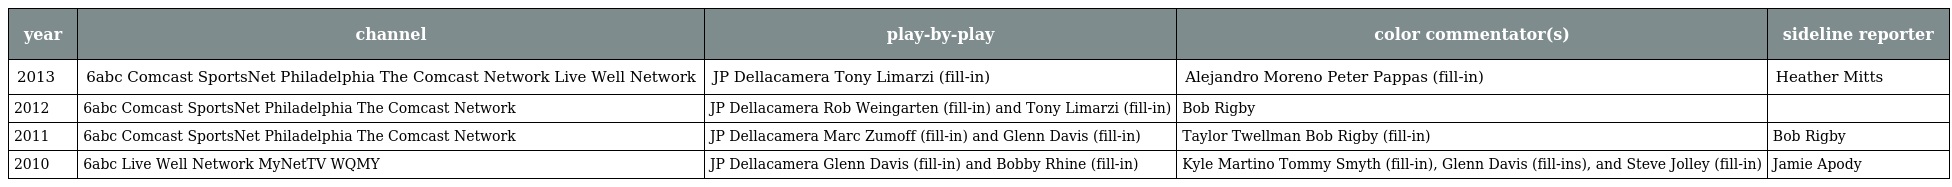
| year | channel | play-by-play | color commentator(s) | sideline reporter |
 | --- | --- | --- | --- | --- |
 | 2013 | 6abc Comcast SportsNet Philadelphia The Comcast Network Live Well Network | JP Dellacamera Tony Limarzi (fill-in) | Alejandro Moreno Peter Pappas (fill-in) | Heather Mitts |
 | 2012 | 6abc Comcast SportsNet Philadelphia The Comcast Network | JP Dellacamera Rob Weingarten (fill-in) and Tony Limarzi (fill-in) | Bob Rigby |  |
 | 2011 | 6abc Comcast SportsNet Philadelphia The Comcast Network | JP Dellacamera Marc Zumoff (fill-in) and Glenn Davis (fill-in) | Taylor Twellman Bob Rigby (fill-in) | Bob Rigby |
 | 2010 | 6abc Live Well Network MyNetTV WQMY | JP Dellacamera Glenn Davis (fill-in) and Bobby Rhine (fill-in) | Kyle Martino Tommy Smyth (fill-in), Glenn Davis (fill-ins), and Steve Jolley (fill-in) | Jamie Apody |